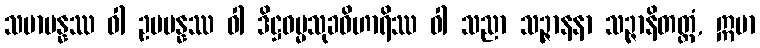
သမာပန္နဿ ဝါ ဥပပန္နဿ ဝါ ဒိဋ္ဌဓမ္မသုခဝိဟာရိဿ ဝါ သညာ သဉ္ဇာနနာ သဉ္ဇာနိတတ္တံ, ဣမာ